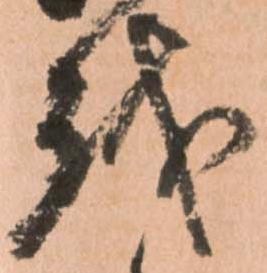
越